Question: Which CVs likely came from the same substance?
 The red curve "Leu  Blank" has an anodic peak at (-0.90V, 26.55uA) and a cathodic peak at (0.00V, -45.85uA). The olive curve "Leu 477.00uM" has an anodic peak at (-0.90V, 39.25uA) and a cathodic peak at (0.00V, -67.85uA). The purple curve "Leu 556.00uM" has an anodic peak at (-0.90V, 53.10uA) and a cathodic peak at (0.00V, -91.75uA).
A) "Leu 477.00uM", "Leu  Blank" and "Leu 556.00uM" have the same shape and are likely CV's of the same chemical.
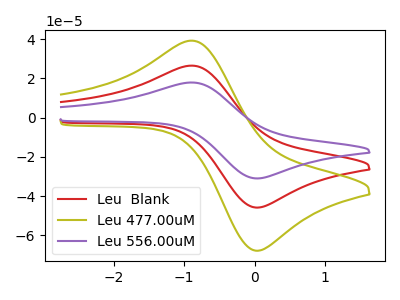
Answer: <think>All the peaks in "Leu  Blank" have a peak in "Leu 477.00uM" at the same potential. Every peak in "Leu  Blank" is lower than every peak in "Leu 477.00uM". All the peaks in "Leu  Blank" have a peak in "Leu 556.00uM" at the same potential. Every peak in "Leu  Blank" is lower than every peak in "Leu 556.00uM". All the peaks in "Leu 477.00uM" have a peak in "Leu 556.00uM" at the same potential. Every peak in "Leu 477.00uM" is lower than every peak in "Leu 556.00uM".
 </think>
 <answer>A) "Leu 477.00uM", "Leu  Blank" and "Leu 556.00uM" have the same shape and are likely CV's of the same chemical.</answer>
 <eval>A</eval>